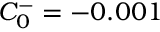
C _ { 0 } ^ { - } = - 0 . 0 0 1